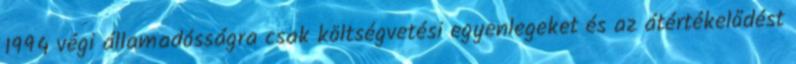
1994 végi államadósságra csak költségvetési egyenlegeket és az átértékelődést